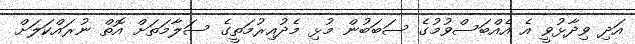
އަދި ވިދާޅުވީ އެ އެއްބަސްވުމުގެ ސަބަބުން މުޅި މެދުއިރުމަތީގެ ސަލާމަތަށް އޮތް ނުރައްކަލަށް